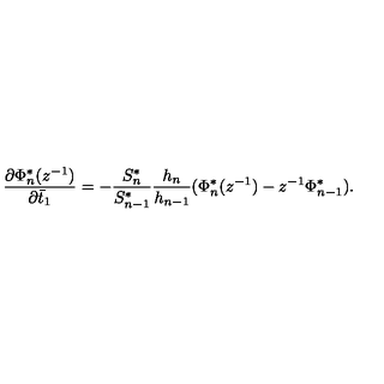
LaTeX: \frac { \partial \Phi _ { n } ^ { * } ( z ^ { - 1 } ) } { \partial \bar { t } _ { 1 } } = - \frac { S _ { n } ^ { * } } { S _ { n - 1 } ^ { * } } \frac { h _ { n } } { h _ { n - 1 } } ( \Phi _ { n } ^ { * } ( z ^ { - 1 } ) - z ^ { - 1 } \Phi _ { n - 1 } ^ { * } ) .